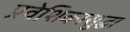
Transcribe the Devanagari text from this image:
प्रवेशिकासुद्धा